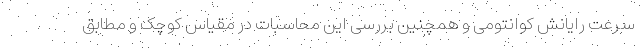
سرعت رایانش کوانتومی و همچنین بررسی این محاسبات در مقیاس کوچک و مطابق